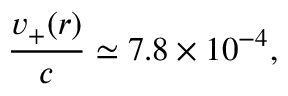
\frac { v _ { + } ( r ) } { c } \simeq 7 . 8 \times 1 0 ^ { - 4 } ,